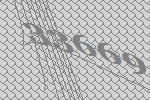
33669